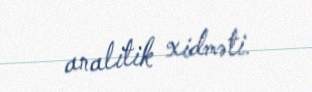
analitik xidməti.